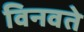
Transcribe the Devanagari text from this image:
विनवते